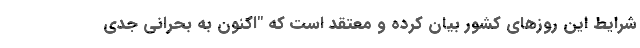
شرایط این روزهای کشور بیان کرده و معتقد است که "اکنون به بحرانی جدی